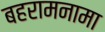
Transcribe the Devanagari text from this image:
बहरामनामा